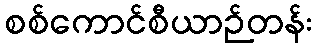
စစ်ကောင်စီယာဉ်တန်း